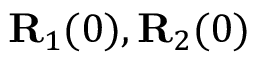
{ \bf R } _ { 1 } ( 0 ) , { \bf R } _ { 2 } ( 0 )